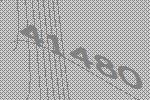
41480